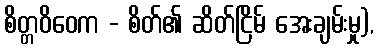
စိတ္တဝိဝေက - စိတ်၏ ဆိတ်ငြိမ် အေးချမ်းမှု),